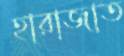
হারাজাত